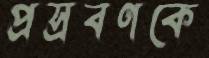
প্রস্রবণকে